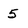
Character: 5